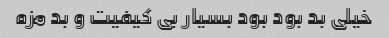
خیلی بد بود بود بسیار بی کیفیت و بد مزه